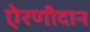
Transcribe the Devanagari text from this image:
ऐरणीदान